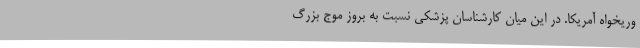
وریخواه آمریکا. در این میان کارشناسان پزشکی نسبت به بروز موج بزرگ